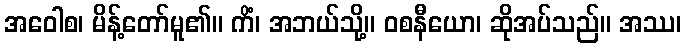
အဝေါစ၊ မိန့်တော်မူ၏။ ကိံ၊ အဘယ်သို့။ ဝစနီယော၊ ဆိုအပ်သည်။ အဿ၊